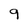
Character: 9